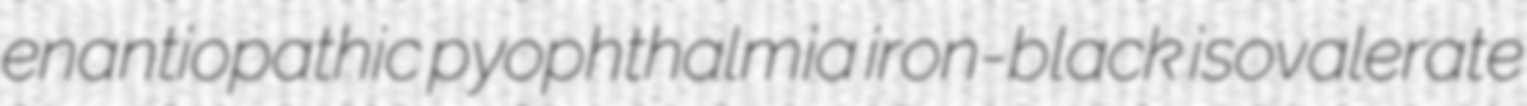
enantiopathic pyophthalmia iron-black isovalerate